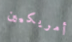
أمريكيين